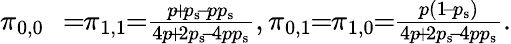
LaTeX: \begin{array}{rl}{\pi_{0,0}}&{\! \! =\! \! \pi_{1,1}\! \! =\! \! \frac{p\! +\! p_{\mathrm{s}}\! -\! pp_{\mathrm{s}}}{4p\! +\! 2p_{\mathrm{s}}\! -\! 4pp_{\mathrm{s}}},\pi_{0,1}\! \! =\! \! \pi_{1,0}\! \! =\! \! \frac{p(1\! -\! p_{\mathrm{s}})}{4p\! +\! 2p_{\mathrm{s}}\! -\! 4pp_{\mathrm{s}}}.}\end{array}